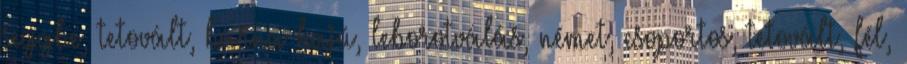
seggbe, tetovált, barna hajú, leborotválás, német, csoportos, tetovált, fél,